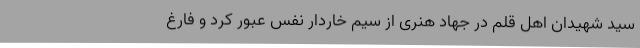
سید شهیدان اهل قلم در جهاد هنری از سیم خاردار نفس عبور کرد و فارغ